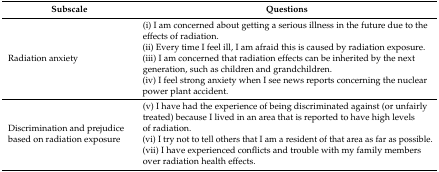
| Subscale | Questions |
 | --- | --- |
 | Radiation anxiety | (i) I am concerned about getting a serious illness in the future due to the effects of radiation. (ii) Every time I feel ill, I am afraid this is caused by radiation exposure. (iii) I am concerned that radiation effects can be inherited by the next generation, such as children and grandchildren. (iv) I feel strong anxiety when I see news reports concerning the nuclear power plant accident. |
 | Discrimination and prejudice based on radiation exposure | (v) I have had the experience of being discriminated against (or unfairly treated) because I lived in an area that is reported to have high levels of radiation. (vi) I try not to tell others that I am a resident of that area as far as possible. (vii) I have experienced conflicts and trouble with my family members over radiation health effects. |